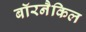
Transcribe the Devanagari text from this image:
बॉरनैकिल